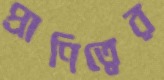
প্রাণিত্বের